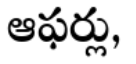
ఆఫర్లు,